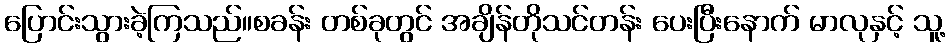
ပြောင်းသွားခဲ့ကြသည်။စခန်း တစ်ခုတွင် အချိန်တိုသင်တန်း ပေးပြီးနောက် မာလုနှင့် သူ့